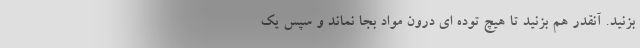
بزنید. آنقدر هم بزنید تا هیچ توده ای درون مواد بجا نماند و سپس یک